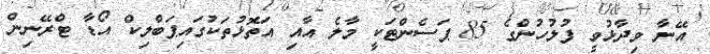
އޭނާ ވިދާޅުވީ ފުލުހުންގެ 85 ޕަސެންޓަކީ މާލެ އާއި އަތޮޅުތަކުގައިޕަބްލިކް އޯޑާ ޓްރޭނިން